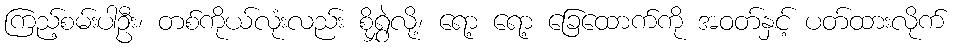
ကြည့်စမ်းပါဦး၊ တစ်ကိုယ်လုံးလည်း စိုရွှဲလို့၊ ရော့ ရော့ ခြေထောက်ကို အဝတ်နှင့် ပတ်ထားလိုက်